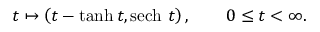
t \mapsto \left( t - \operatorname { t a n h } { t } , \operatorname { s e c h } \, { t } \right) , \quad \quad 0 \leq t < \infty .